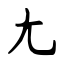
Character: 尢